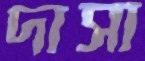
দাসা